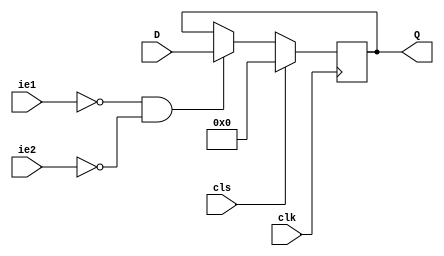
module ls173 (
	input clk, cls, ie1, ie2,
	input [7:0]D,
	output reg [7:0]Q);

always @(posedge clk)
begin
	if (cls)
		begin
			Q <= 0;
		end
	else
		begin
			if(~ie1 & ~ie2) Q <= D;
		end
end
endmodule